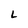
Character: L